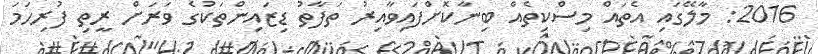
2016: މާލޭގައި އެތައް މިސްކިތެއް ބިނާކޮށްފައިވާއިރު ތަފާތު ޑިޒައިންތަކުގެ ވަރަށް ރީތި ފުރިހަމަ